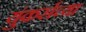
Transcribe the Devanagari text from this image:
युंकर्सच्या